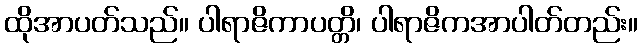
ထိုအာပတ်သည်။ ပါရာဇိကာပတ္တိ၊ ပါရာဇိကအာပါတ်တည်း။